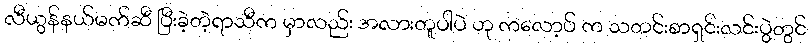
လီယွန်နယ်မက်ဆီ ပြီးခဲ့တဲ့ရာသီက မှာလည်း အလားတူပါပဲ ဟု ကလော့ပ် က သတင်းစာရှင်းလင်းပွဲတွင်